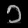
Digit: ၁